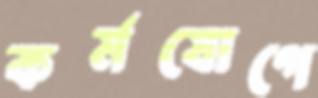
কর্মযোগে